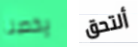
يخصنا ألتحق